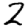
Digit: 2